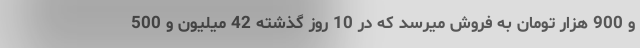
و 900 هزار تومان به فروش میرسد که در 10 روز گذشته 42 میلیون و 500